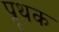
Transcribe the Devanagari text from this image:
प्रृथक